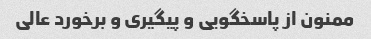
ممنون از پاسخگویی و پیگیری و برخورد عالی